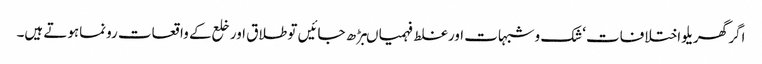
اگر گھریلو اختلافات‘شک وشبہات اورغلط فہمیاںبڑھ جائیں تو طلاق اور خلع کے واقعات رونماہوتے ہیں۔